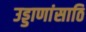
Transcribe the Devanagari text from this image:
उड्डाणांसाठि